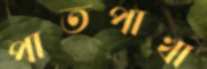
পাতপাখা